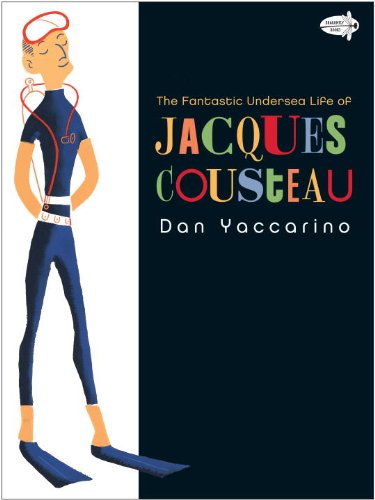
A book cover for The Fantastic Undersea Life of Jacques Cousteau; Dan Yaccarino; Children's Books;